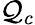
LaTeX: \mathcal{Q}_{c}